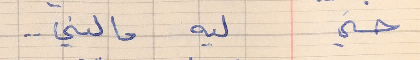
حسني       ليه مالني . .